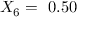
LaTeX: X _ { 6 } = \ 0 . 5 0